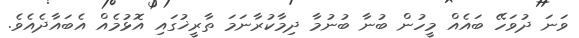
ވަނަ ދުވަހޭ ބައެއް މީހުން ބުނާ ބުނުމާ ދިމާކުރާނަމަ ތާރީޚުގައި އޮޅުމެއް އެބައާދެއެވެ.